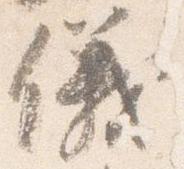
儀